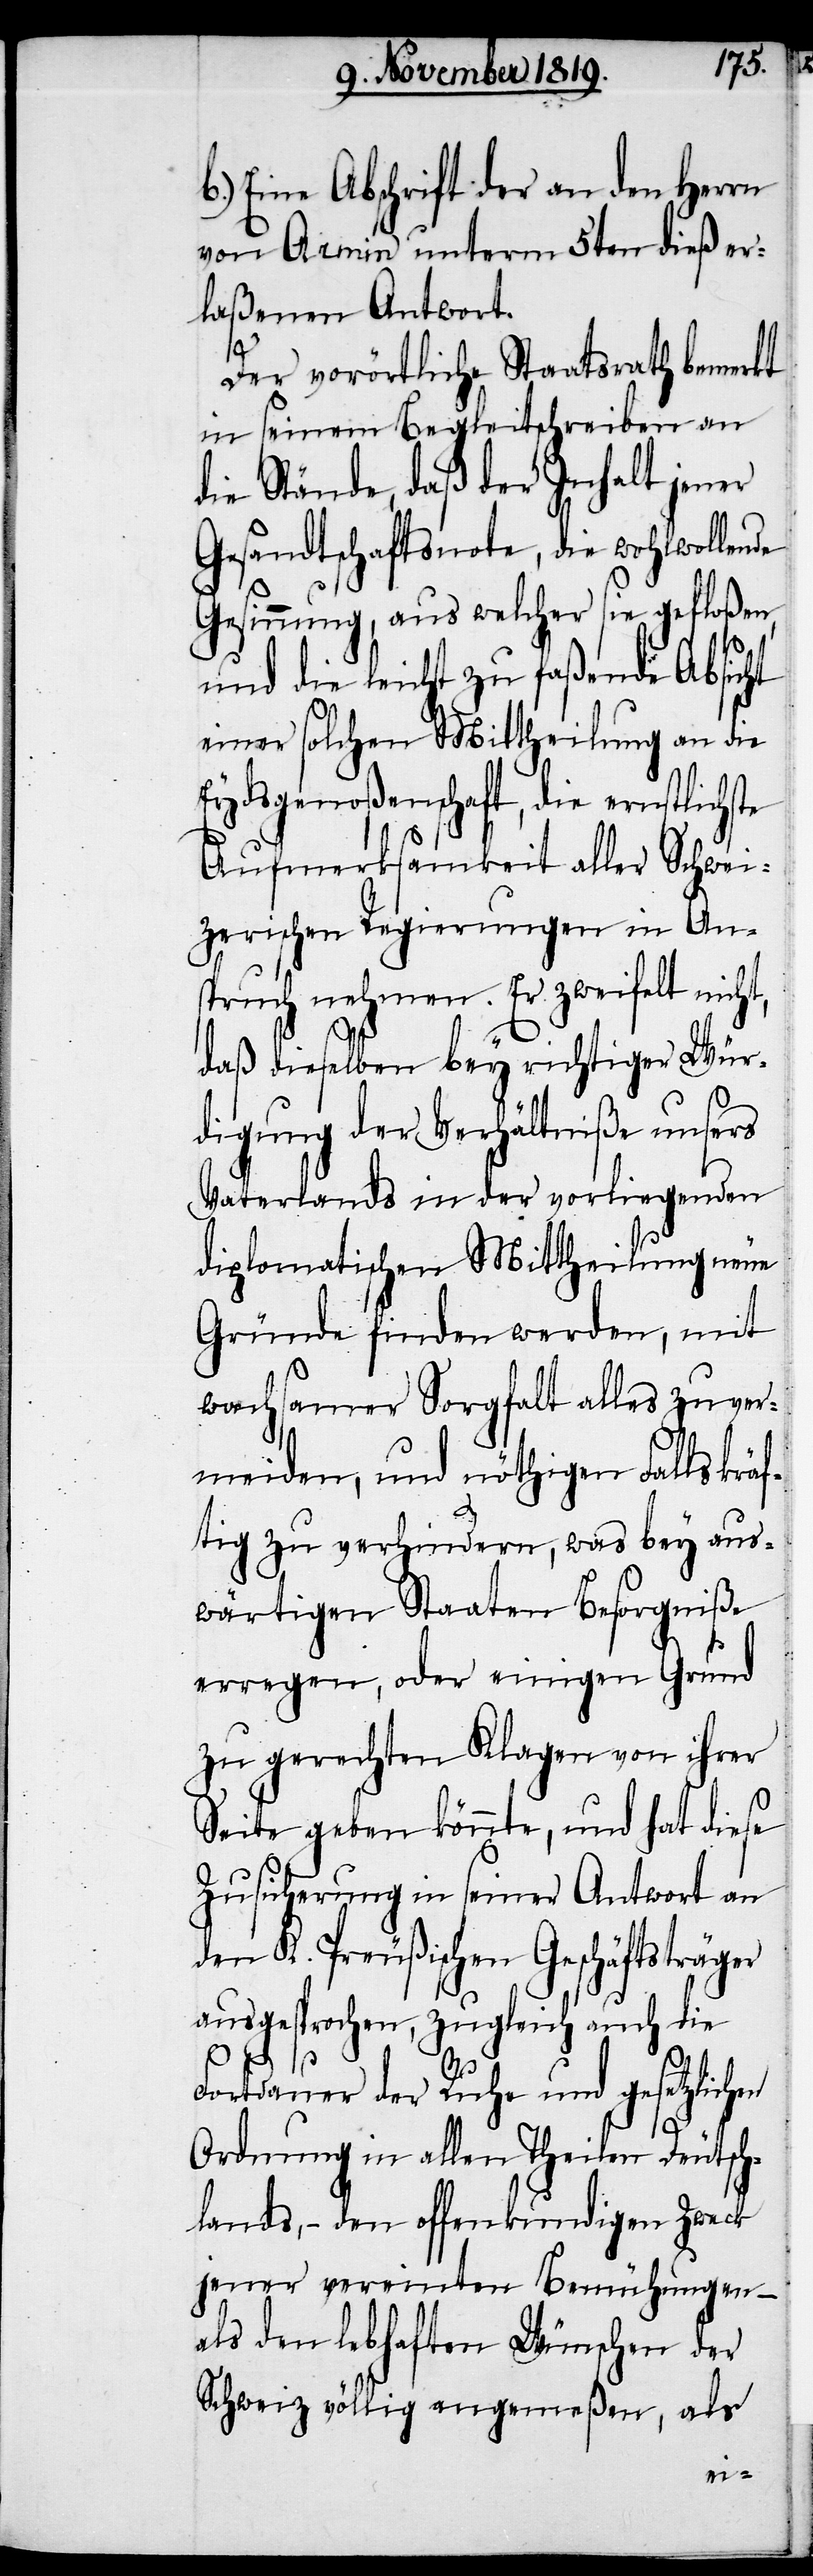
b.) Eine Abschrift der an den Herrn
von Armin unterm 5ten dieß er¬
laßenen Antwort.
Der vorörtliche Staatsrath bemerkt
in seinem Begleitschreiben an
die Stände, daß der Inhalt jener
Gesandtschaftsnote, die wohlwollende
Gesinnung, aus welcher sie gefloßen,
und die leicht zu faßende Absicht
einer falschen Mittheilung an die
Eydsgenoßenschaft, die ernstlichste
Aufmerksamkeit aller Schwei¬
zerischen Regierungen in An¬
spruch nehmen. Er zweifelt nicht,
daß dieselben bey richtiger Wür¬
digung der Verhältniße unsers
Vaterlands in der vorliegenden
diplomatischen Mittheilung neue
Gründe finden werden, mit
wachsamer Sorgfalt alles zu ver¬
meiden, und nöthigen Falls kräf¬
tig zu verhindern, was bey aus¬
wärtigen Staaten Besorgniße
erregen, oder einigen Grund
zu gerechten Klagen von ihrer
Seite geben könnte, und hat diese
Zusicherung in seiner Antwort an
den K. Preußischen Geschäftsträger
ausgesprochen, zugleich auch die
Fortdauer der Ruhe und gesetzlichen
Ordnung in allen Theilen Deutsch¬
lands, – den offenkundigen Zweck
jener vereinten Bemühungen –
als den lebhaften Wünschen der
Schweiz völlig angemeßen, als